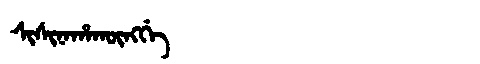
Manchu: ᠰᡳᠰᡳᠨᠠᡥᠠᡴᡡᠩᡤᡝ
Romanization: SISINAHAKŪNGGE